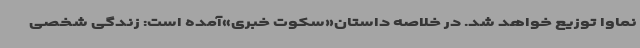
نماوا توزیع خواهد شد. در خلاصه داستان«سکوت خبری»آمده است: زندگی شخصی